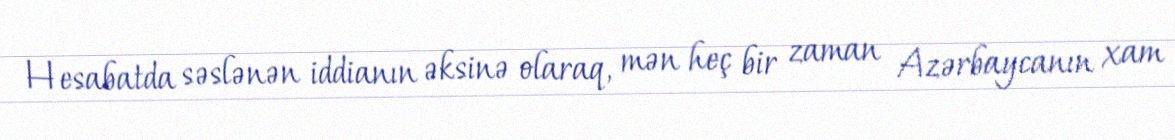
Hesabatda səslənən iddianın əksinə olaraq, mən heç bir zaman Azərbaycanın xam